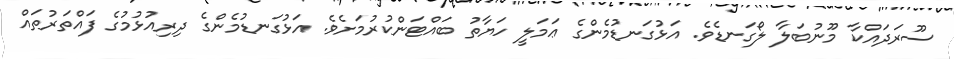
ސޫރަދައްކާ މޫނުބަލާ ލޯގަނޑެވެ. އަޅުގަނޑުމެންގެ ޢަމަލީ ހަޔާތު ބައްޓަންކުރުމަށެވެ. އަޅުގަނޑުމެންގެ ދިރިއުޅުމުގެ ފައްތަރުތައް